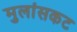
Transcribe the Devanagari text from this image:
मुलांसकट